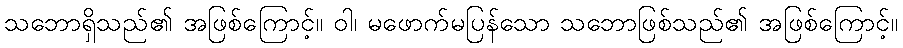
သဘောရှိသည်၏ အဖြစ်ကြောင့်။ ဝါ၊ မဖောက်မပြန်သော သဘောဖြစ်သည်၏ အဖြစ်ကြောင့်။